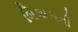
બિલાડાની